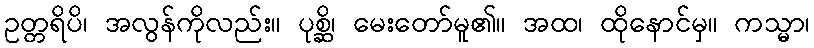
ဥတ္တရိပိ၊ အလွန်ကိုလည်း။ ပုစ္ဆိ၊ မေးတော်မူ၏။ အထ၊ ထိုနောင်မှ။ ကသ္မာ၊